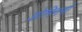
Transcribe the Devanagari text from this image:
डोमिनगो